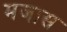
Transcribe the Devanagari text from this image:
मजास